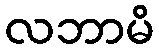
လဘာမိ